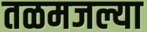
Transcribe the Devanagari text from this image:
तळमजल्या